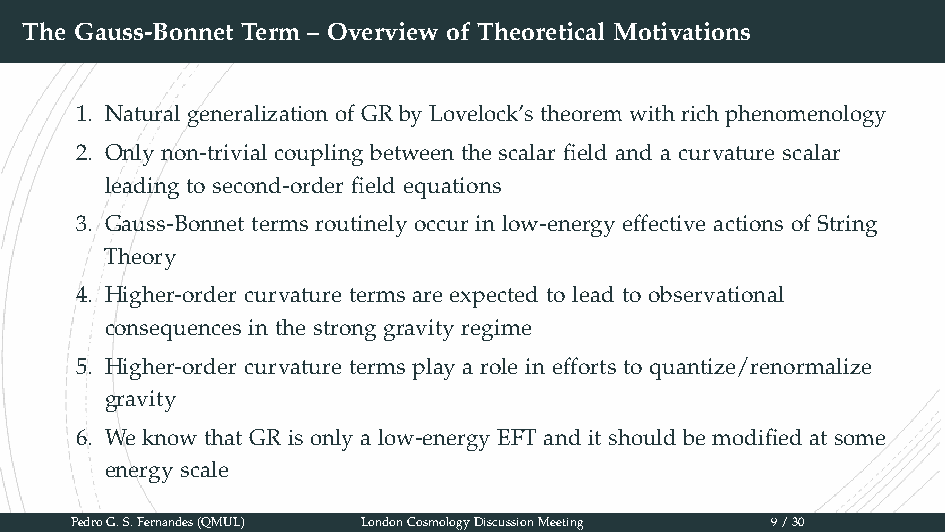
The Gauss-Bonnet Term – Overview of Theoretical Motivations
 1. Natural generalization of GR by Lovelock’s theorem with rich phenomenology
 2. Only non-trivial coupling between the scalar field and a curvature scalar
 leading to second-order field equations
 3. Gauss-Bonnet terms routinely occur in low-energy effective actions of String
 Theory
 4. Higher-order curvature terms are expected to lead to observational
 consequences in the strong gravity regime
 5. Higher-order curvature terms play a role in efforts to quantize/renormalize
 gravity
 6. We know that GR is only a low-energy EFT and it should be modified at some
 energy scale
 PedroG.S.Fernandes(QMUL) LondonCosmologyDiscussionMeeting 9/30